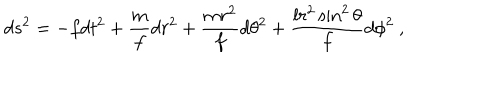
d s ^ { 2 } = - f d t ^ { 2 } + \frac { m } { f } d r ^ { 2 } + \frac { m r ^ { 2 } } { f } d \theta ^ { 2 } + \frac { l r ^ { 2 } \sin ^ { 2 } \theta } { f } d \phi ^ { 2 } \ ,